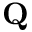
\textbf { Q }